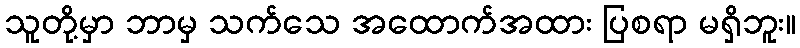
သူတို့မှာ ဘာမှ သက်သေ အထောက်အထား ပြစရာ မရှိဘူး။